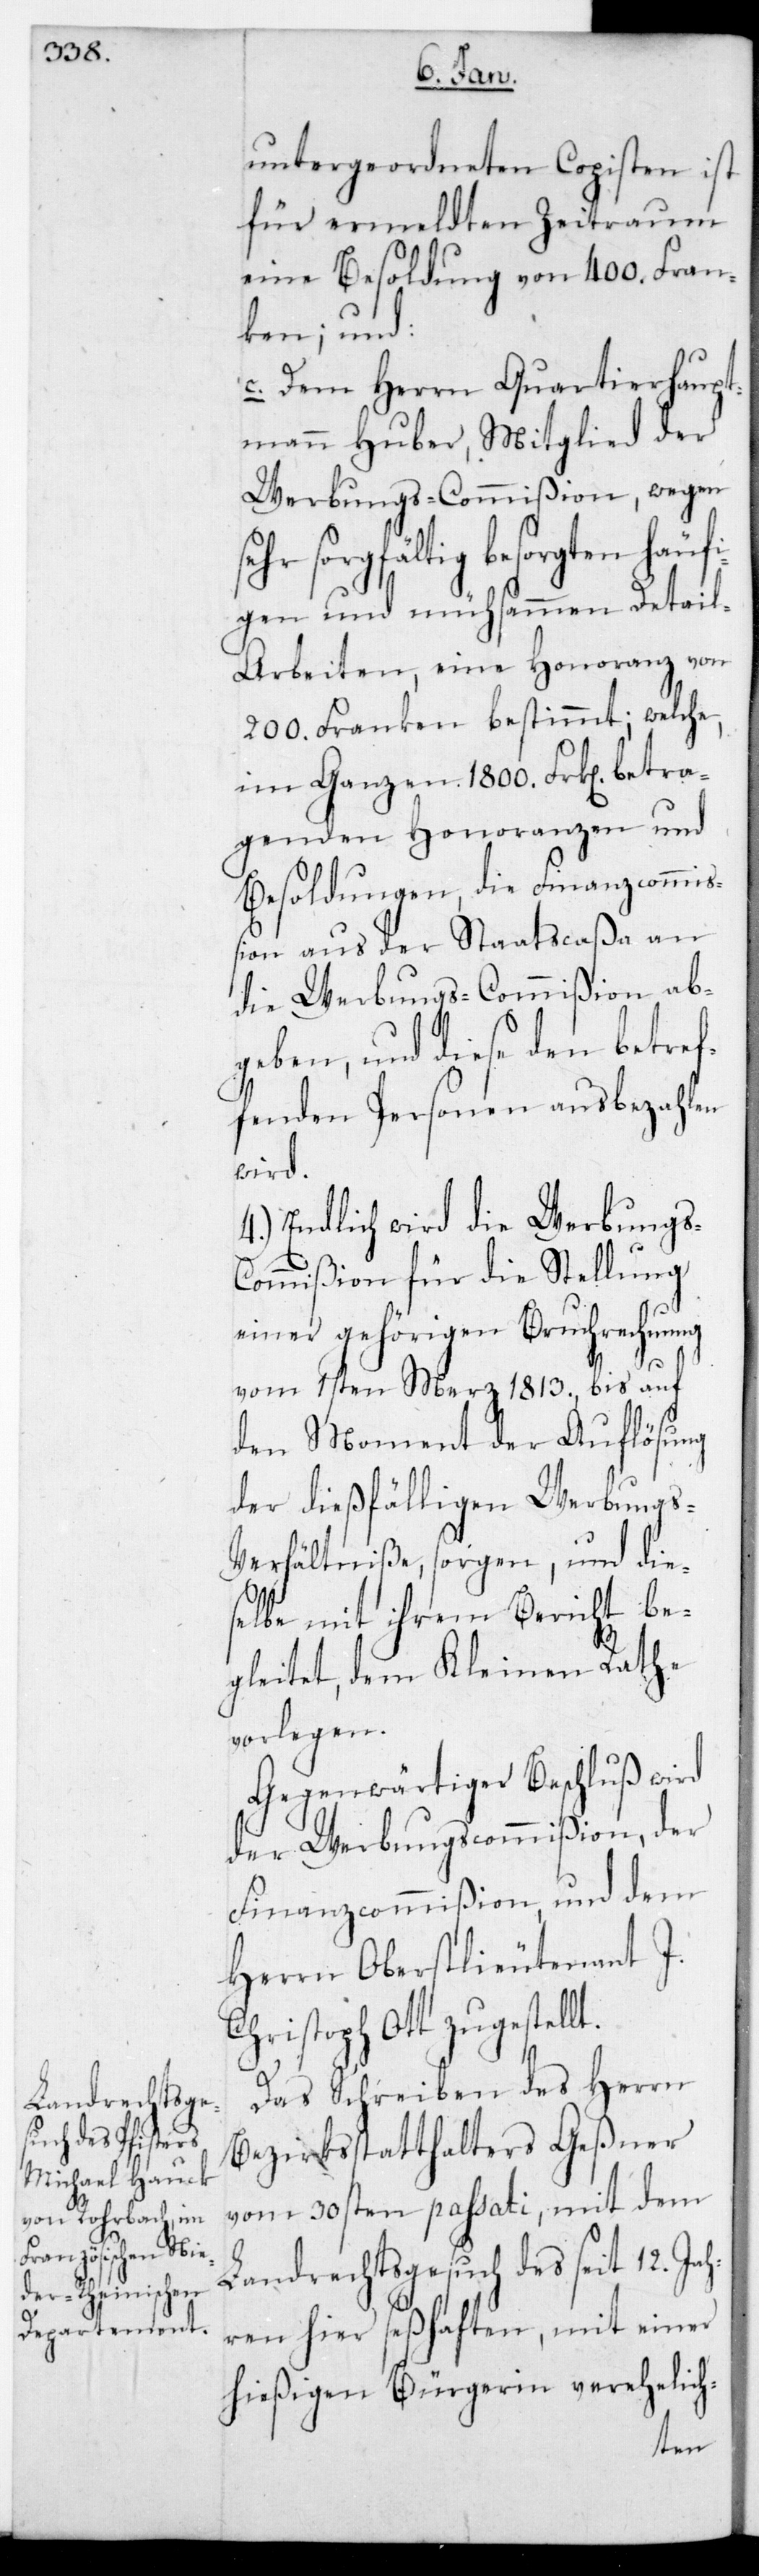
untergeordneten Copisten ist
für ermeldten Zeitraum
eine Besoldung von 400. Fran¬
ken; und
c. Dem Herrn Quartierhaupt¬
mann Huber, Mitglied der
Werbungscommißion, wegen
sorgfältig besorgten häuf¬
igen und mühsammen Detai¬
l-Arbeiten, eine Honoranz von
200. Franken bestimmt; welche
im Ganzen 1800. Frk[en] betra¬
genden Honoranzen und
Besoldungen, die Finanzcommiß¬
ion aus der Staatscaßa an
die Werbungscommißion ab¬
geben, und diese den betref¬
fenden Personen ausbezahlen
wird.
4.) Endlich wird die Werbungs-C¬
ommißion für die Stellung
einer gehörigen Bruchrechnung
vom 1sten März 1813. bis auf
den Moment der Auflösung
der dießfälligen Werbungs-V¬
erhältniße sorgen, und die¬
selbe mit ihrem Bericht be¬
gleitet, dem Kleinen Rathe
vorlegen.
Gegenwärtiger Beschluß wird
der Werbungscommißion, der
Finanzcommißion und dem
Herrn Oberstlieutenant J.
Christoph Ott zugestellt.
Das Schreiben des Herrn
Bezirksstatthalters Geßner
vom 30sten passati, mit dem
Landrechtsgesuch des seit 12. Ja¬
hren hier seßhaften, mit einer
hießigen Bürgerin verehelich-